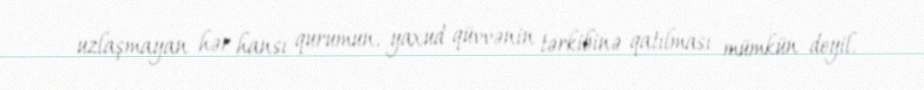
uzlaşmayan hər hansı qurumun, yaxud qüvvənin tərkibinə qatılması mümkün deyil.